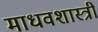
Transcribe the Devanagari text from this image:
माधवशास्त्री